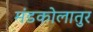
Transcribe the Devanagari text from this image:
मंडकोलातुर